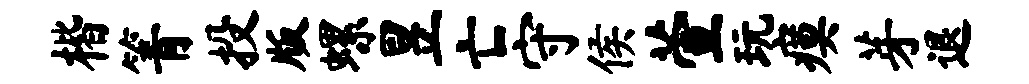
楷箐投版螺昱亡守侯萱玩瘼芽退